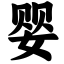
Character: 婴